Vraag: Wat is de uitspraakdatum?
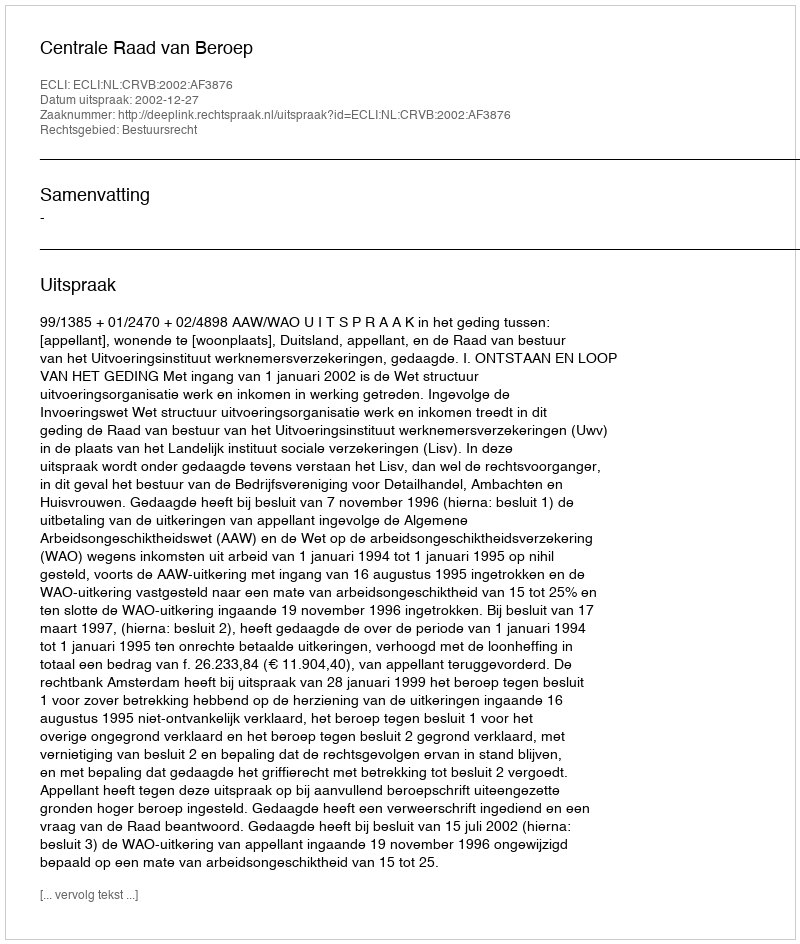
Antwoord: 2002-12-27